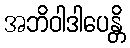
အဘိဝါဒါပေန္တိ